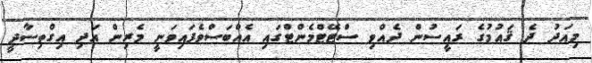
މިއަދު ދެ ޤައުމުގެ ރައީސުން ދެއްވި ސްޓޭޓްމެންޓްގައި އެއްބަސްވެފައިވަނީ މެރިން އަދި އިގްތިސާދީ